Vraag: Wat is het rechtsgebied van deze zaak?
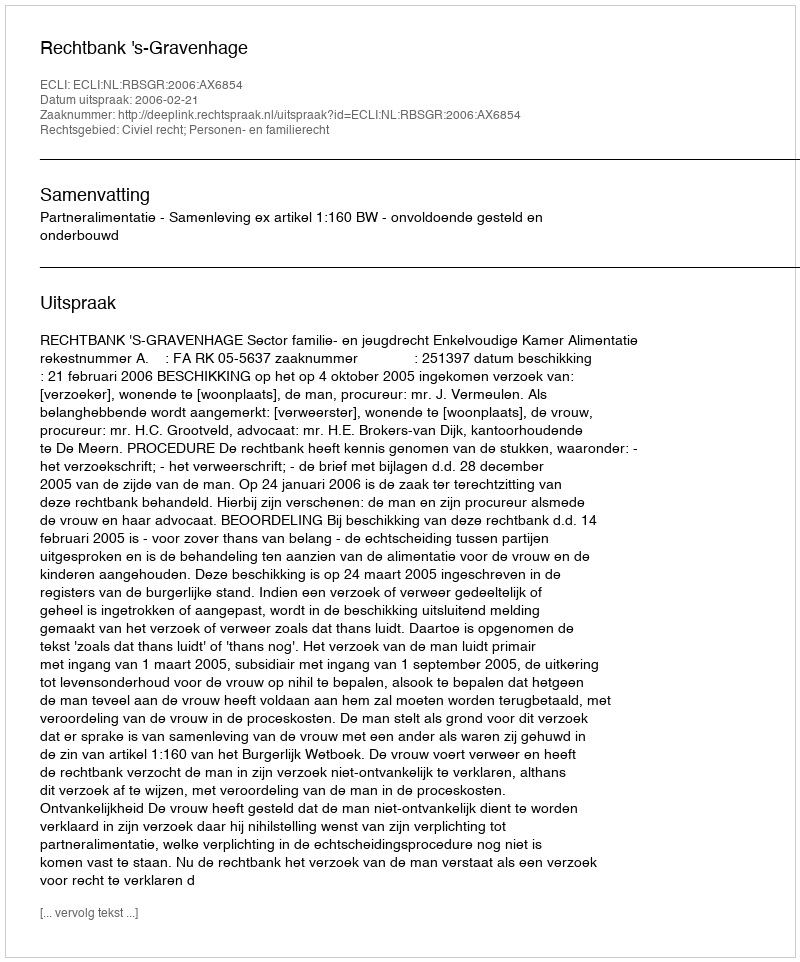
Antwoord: Civiel recht; Personen- en familierecht